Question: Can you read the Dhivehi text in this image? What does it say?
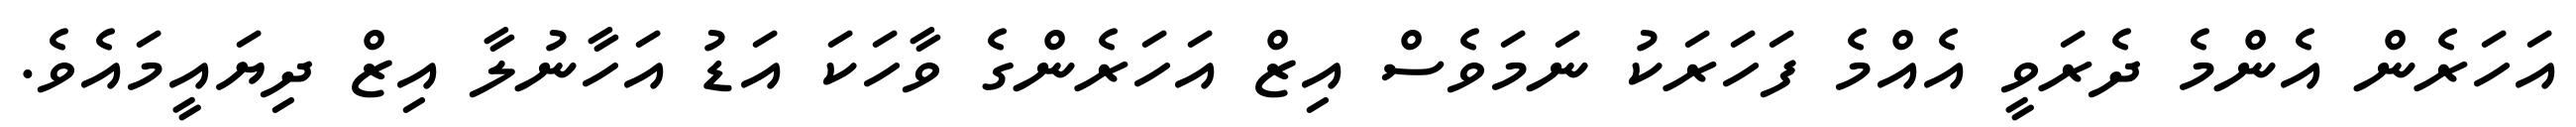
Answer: އަހަރެން އެންމެ ދެރަވީ އެއްމެ ފަހަރަކު ނަމަވެސް އިޒް އަހަރެންގެ ވާހަކަ އަޑު އަހާނުލާ އިޒް ދިޔައީމައެވެ.